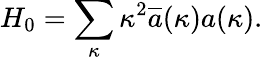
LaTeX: H_{0}=\sum_{\kappa}\kappa^{2}\overline{{{a}}}(\kappa)a(\kappa).